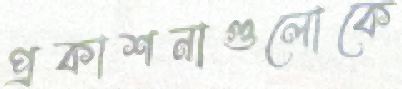
প্রকাশনাগুলোকে